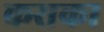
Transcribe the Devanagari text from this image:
कसका